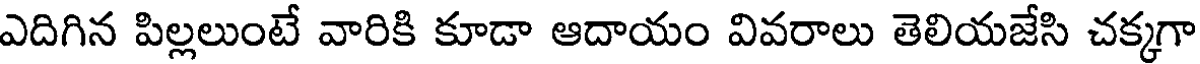
ఎదిగిన పిల్లలుంటే వారికి కూడా ఆదాయం వివరాలు తెలియజేసి చక్కగా